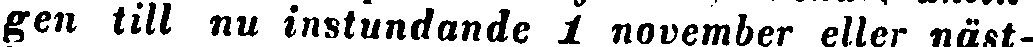
gen till nu instundande 1 november eller näst-